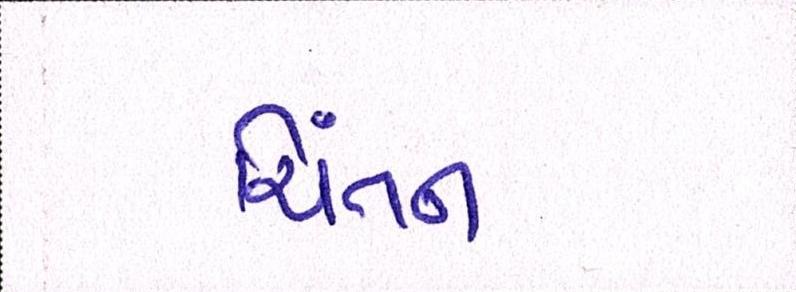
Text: ચિંતન